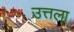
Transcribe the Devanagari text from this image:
उत्तला